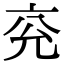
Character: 兖